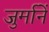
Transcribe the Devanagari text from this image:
जुर्मानें